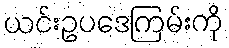
ယင်းဥပဒေကြမ်းကို